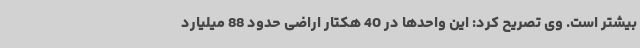
بیشتر است. وی تصریح کرد: این واحدها در 40 هکتار اراضی حدود 88 میلیارد